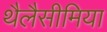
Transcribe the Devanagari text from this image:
थैलैसीमिया